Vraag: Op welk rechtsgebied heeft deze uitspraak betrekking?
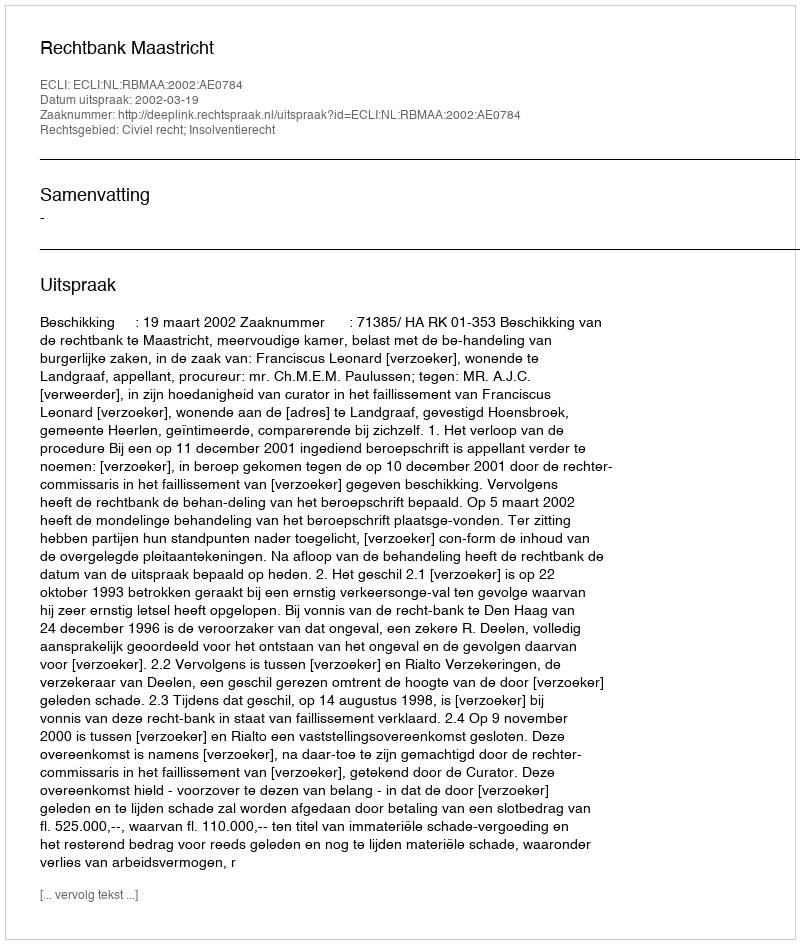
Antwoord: Civiel recht; Insolventierecht